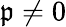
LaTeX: \mathfrak{p}\ne0